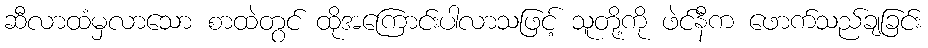
ဆီလာထံမှလာသော စာထဲတွင် ထိုအကြောင်းပါလာသဖြင့် သူတို့ကို ဖဲင်နီက ဖောက်သည်ချခြင်း